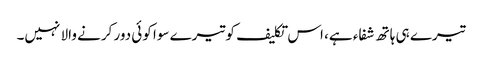
تیرے ہی ہاتھ شفاء ہے، اس تکلیف کو تیرے سوا کوئی دور کرنے والا نہیں۔